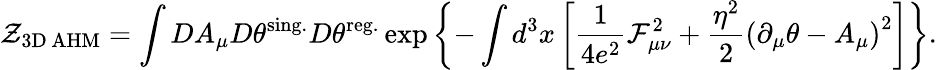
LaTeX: {\cal Z}_{\mathrm{3D{\, }AHM}}=\int DA_{\mu}D\theta^{\mathrm{sing.}}D\theta^{\mathrm{reg.}}\exp\left\{ -\int d^{3}x\left[\frac{1}{4e^{2}}{\cal F}_{\mu\nu}^{2}+\frac{\eta^{2}}{2}\left(\partial_{\mu}\theta-A_{\mu}\right)^{2}\right]\right\} .